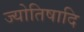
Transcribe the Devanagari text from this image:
ज्योतिषादि